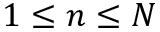
1 \le n \le N